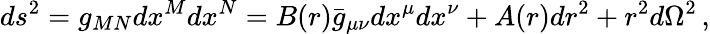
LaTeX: ds^{2}=g_{MN}dx^{M}dx^{N}=B(r)\bar{g}_{\mu\nu}dx^{\mu}dx^{\nu}+A(r)dr^{2}+r^{2}d\Omega^{2}\, ,